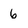
Character: 6